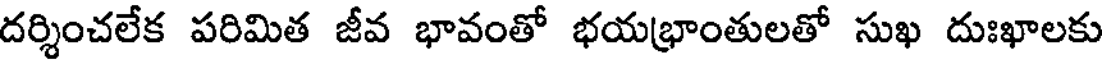
దర్శించలేక పరిమిత జీవ భావంతో భయభ్రాంతులతో సుఖ దుఃఖాలకు